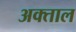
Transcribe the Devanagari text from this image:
अक्ताल